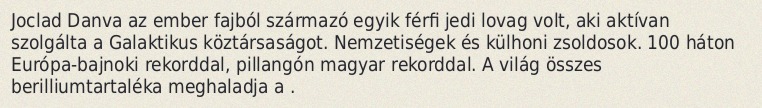
Joclad Danva az ember fajból származó egyik férfi jedi lovag volt, aki aktívan szolgálta a Galaktikus köztársaságot. Nemzetiségek és külhoni zsoldosok. 100 háton Európa-bajnoki rekorddal, pillangón magyar rekorddal. A világ összes berilliumtartaléka meghaladja a .